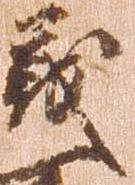
義